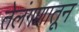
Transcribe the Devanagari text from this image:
तेलंगणातून